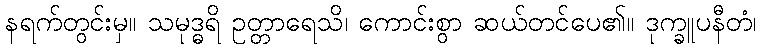
နရက်တွင်းမှ။ သမုဒ္ဓရိ ဥတ္တာရေသိ၊ ကောင်းစွာ ဆယ်တင်ပေ၏။ ဒုက္ခူပနီတံ၊